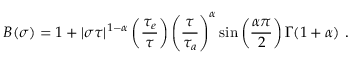
{ \cal B } ( \sigma ) = 1 + | \sigma \tau | ^ { 1 - \alpha } \left( \frac { \tau _ { e } } { \tau } \right) \left( \frac { \tau } { \tau _ { a } } \right) ^ { \alpha } \sin \left( \frac { \alpha \pi } { 2 } \right) \Gamma ( 1 + \alpha ) \ .